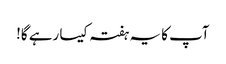
آپ کا یہ ہفتہ کیسا رہے گا!